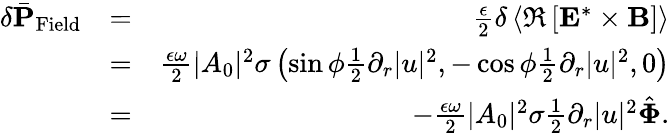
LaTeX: \begin{array}{rlr}{\delta\bar{\mathbf P}_{\mathrm{Field}}}&{=}&{\frac{\epsilon}{2}\delta\left\langle\Re\left[{\mathbf E}^{*}\times{\mathbf B}\right]\right\rangle}\\ &{=}&{\frac{\epsilon\omega}{2}|A_{0}|^{2}\sigma\left(\sin\phi\frac{1}{2}\partial_{r}|u|^{2},-\cos\phi\frac{1}{2}\partial_{r}|u|^{2},0\right)}\\ &{=}&{-\frac{\epsilon\omega}{2}|A_{0}|^{2}\sigma\frac{1}{2}\partial_{r}|u|^{2}\hat{\mathbf\Phi}.}\end{array}